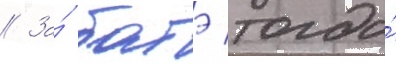
// За́ батэ тогда́